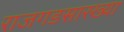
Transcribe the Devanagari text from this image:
राजगडसारख्या